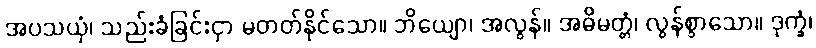
အပသယှံ၊ သည်းခံခြင်းငှာ မတတ်နိုင်သော။ ဘိယျော၊ အလွန်။ အဓိမတ္တံ၊ လွန်စွာသော။ ဒုက္ခံ၊